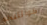
كوانتيكو